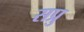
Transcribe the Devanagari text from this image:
सप्रु